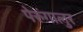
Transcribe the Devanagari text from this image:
पेरुंगालुर